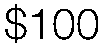
$100